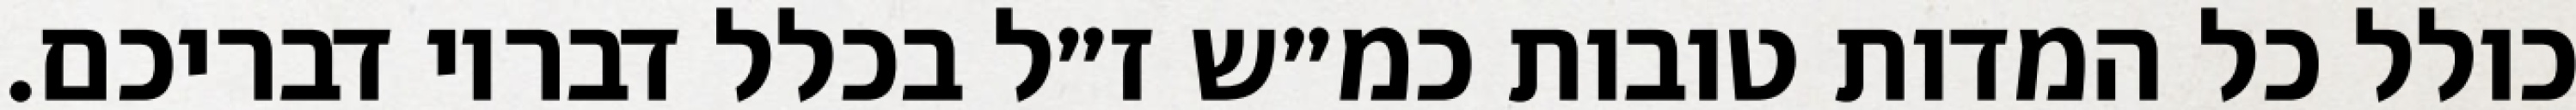
כולל כל המדות טובות כמ״ש ז״ל בכלל דבריו דבריכם.